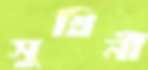
সুখিনী